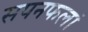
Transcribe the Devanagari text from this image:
सपनफलां